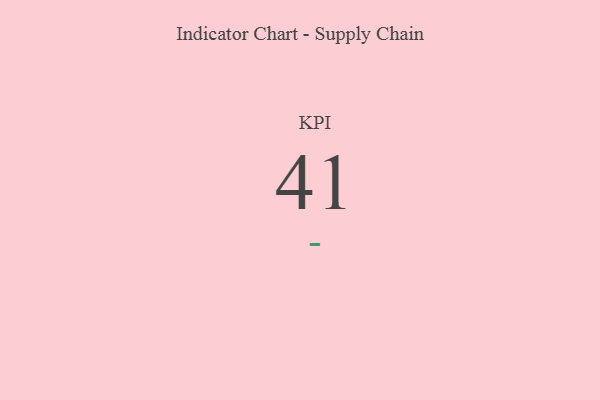
{"axis": {"x": "KPI", "y": "Value"}, "legend": [""], "data": [{"x": "KPI", "y": 41, "type": ""}]}